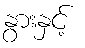
နွားနှင့်